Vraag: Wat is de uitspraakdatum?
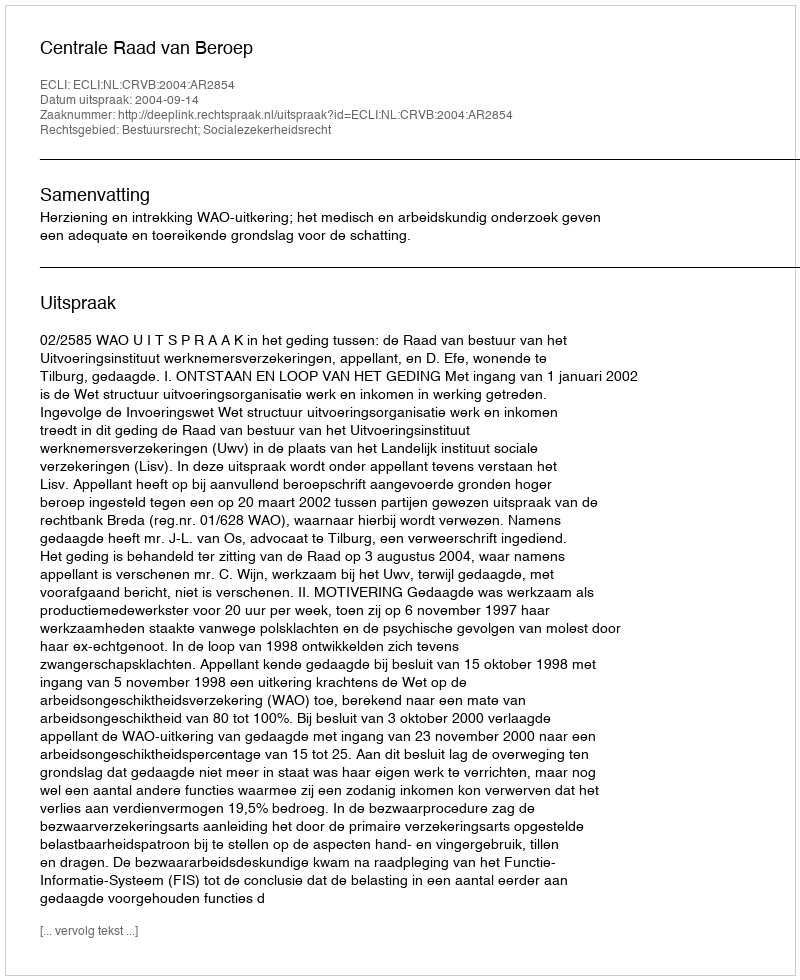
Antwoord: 2004-09-14